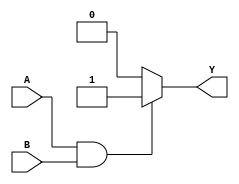
module and_gate (
input wire A,
input wire B,
output reg Y
);

always @* begin
    if (A & B) begin
        Y = 1;
    end else begin
        Y = 0;
    end
end

endmodule